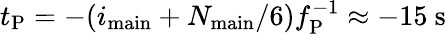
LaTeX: t_{\mathrm{P}}=-(i_{\mathrm{main}}+N_{\mathrm{main}}/6)f_{\mathrm{P}}^{-1}\approx-15~\mathrm{s}